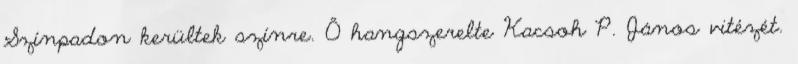
Színpadon kerültek színre. Ő hangszerelte Kacsoh P. János vitézét.